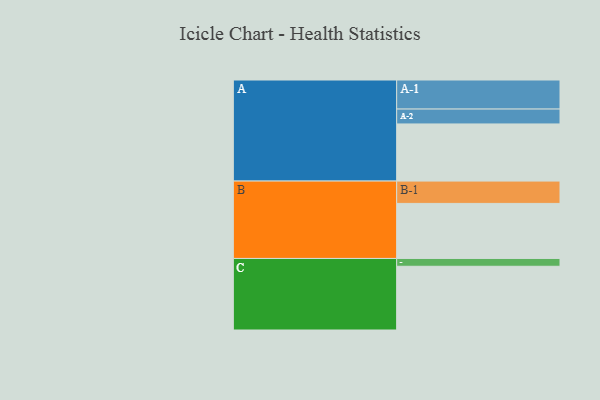
{"axis": {"x": "Segment", "y": "Value"}, "legend": ["", "A", "B", "C"], "data": [{"x": "A", "y": 468, "type": ""}, {"x": "B", "y": 451, "type": ""}, {"x": "C", "y": 522, "type": ""}, {"x": "A-1", "y": 238, "type": "A"}, {"x": "A-2", "y": 122, "type": "A"}, {"x": "B-1", "y": 183, "type": "B"}, {"x": "C-1", "y": 64, "type": "C"}]}